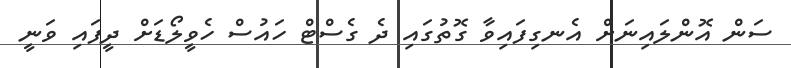
ސަން އޮންލައިނަށް އެނގިފައިވާ ގޮތުގައި ދެ ގެސްޓް ހައުސް ހެވީލޯޑަށް ދީފައި ވަނީ